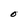
Character: O